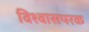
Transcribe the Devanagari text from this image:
विश्वासपरक